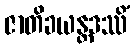
ဇာတိခယန္တဒဿိံ